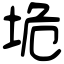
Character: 垝